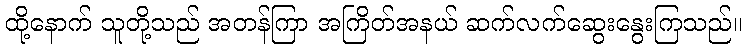
ထို့နောက် သူတို့သည် အတန်ကြာ အကြိတ်အနယ် ဆက်လက်ဆွေးနွေးကြသည်။